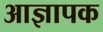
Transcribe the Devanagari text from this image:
आज्ञापक